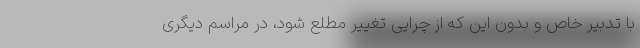
با تدبیر خاص و بدون این که از چرایی تغییر مطلع شود، در مراسم دیگری